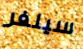
سيلفر